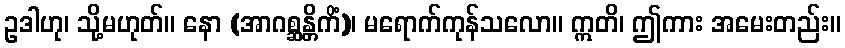
ဥဒါဟု၊ သို့မဟုတ်။ နော (အာဂစ္ဆန္တိကိံ)၊ မရောက်ကုန်သလော။ ဣတိ၊ ဤကား အမေးတည်း။